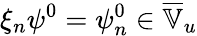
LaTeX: \xi_{n}\psi^{0}=\psi_{n}^{0}\in\overline{{\mathbb{V}}}_{u}